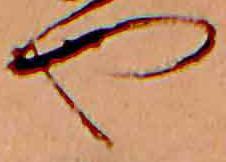
や